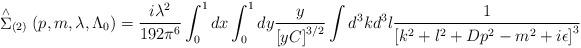
LaTeX: \begin{align*}\stackrel{\wedge }{\Sigma }_{(2)}(p,m,\lambda ,\Lambda _0) =\frac{i\lambda^2}{192\pi ^6}\int_0^1dx\int_0^1dy\frac y{\left[ yC\right] ^{3/2}} \int d^3kd^3l\frac 1{\left[ k^2+l^2+Dp^2-m^2+i\epsilon \right] ^3}\end{align*}